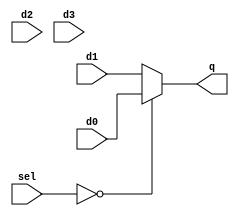
module mux2x4_1(sel, d0, d1, d2, d3, q);
	input [1:0] sel;
	input [3:0] d0, d1, d2, d3;
	output [3:0] q;
	assign q = sel == 2'b00 ? d0 :
					  2'b01 ? d1 :
					  2'b10 ? d2 : d3;
endmodule